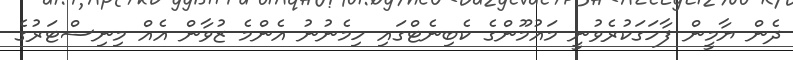
ދެން ޔާމީން ފާހަގަކުރެވުނީ މައުމޫންގެ ކެބިނެޓްގައި ހިމެނުނު އެންމެ ޒުވާން އެއް މިނިސްޓަރުގެ